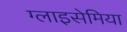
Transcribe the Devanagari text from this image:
ग्लाइसेमिया